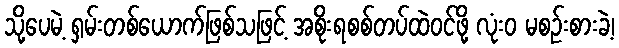
သို့ပေမဲ့ ရှမ်းတစ်ယောက်ဖြစ်သဖြင့် အစိုးရစစ်တပ်ထဲဝင်ဖို့ လုံးဝ မစဉ်းစားခဲ့၊